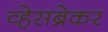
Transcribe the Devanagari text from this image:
व्हेसब्रेकर